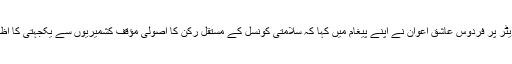
تفصیلات کے مطابق سماجی رابطے کی ویب سائٹ ٹویٹر پر فردوس عاشق اعوان نے اپنے پیغام میں کہا کہ سلامتی کونسل کے مستقل رکن کا اصولی مؤقف کشمیریوں سے یکجہتی کا اظہار ہے، یہ آئرن برادرزکی عظیم دوستی کا مظہر ہے۔